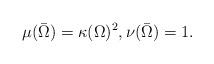
LaTeX: \begin{align*}\mu(\bar\Omega) = \kappa(\Omega)^2, \nu(\bar\Omega) = 1.\end{align*}